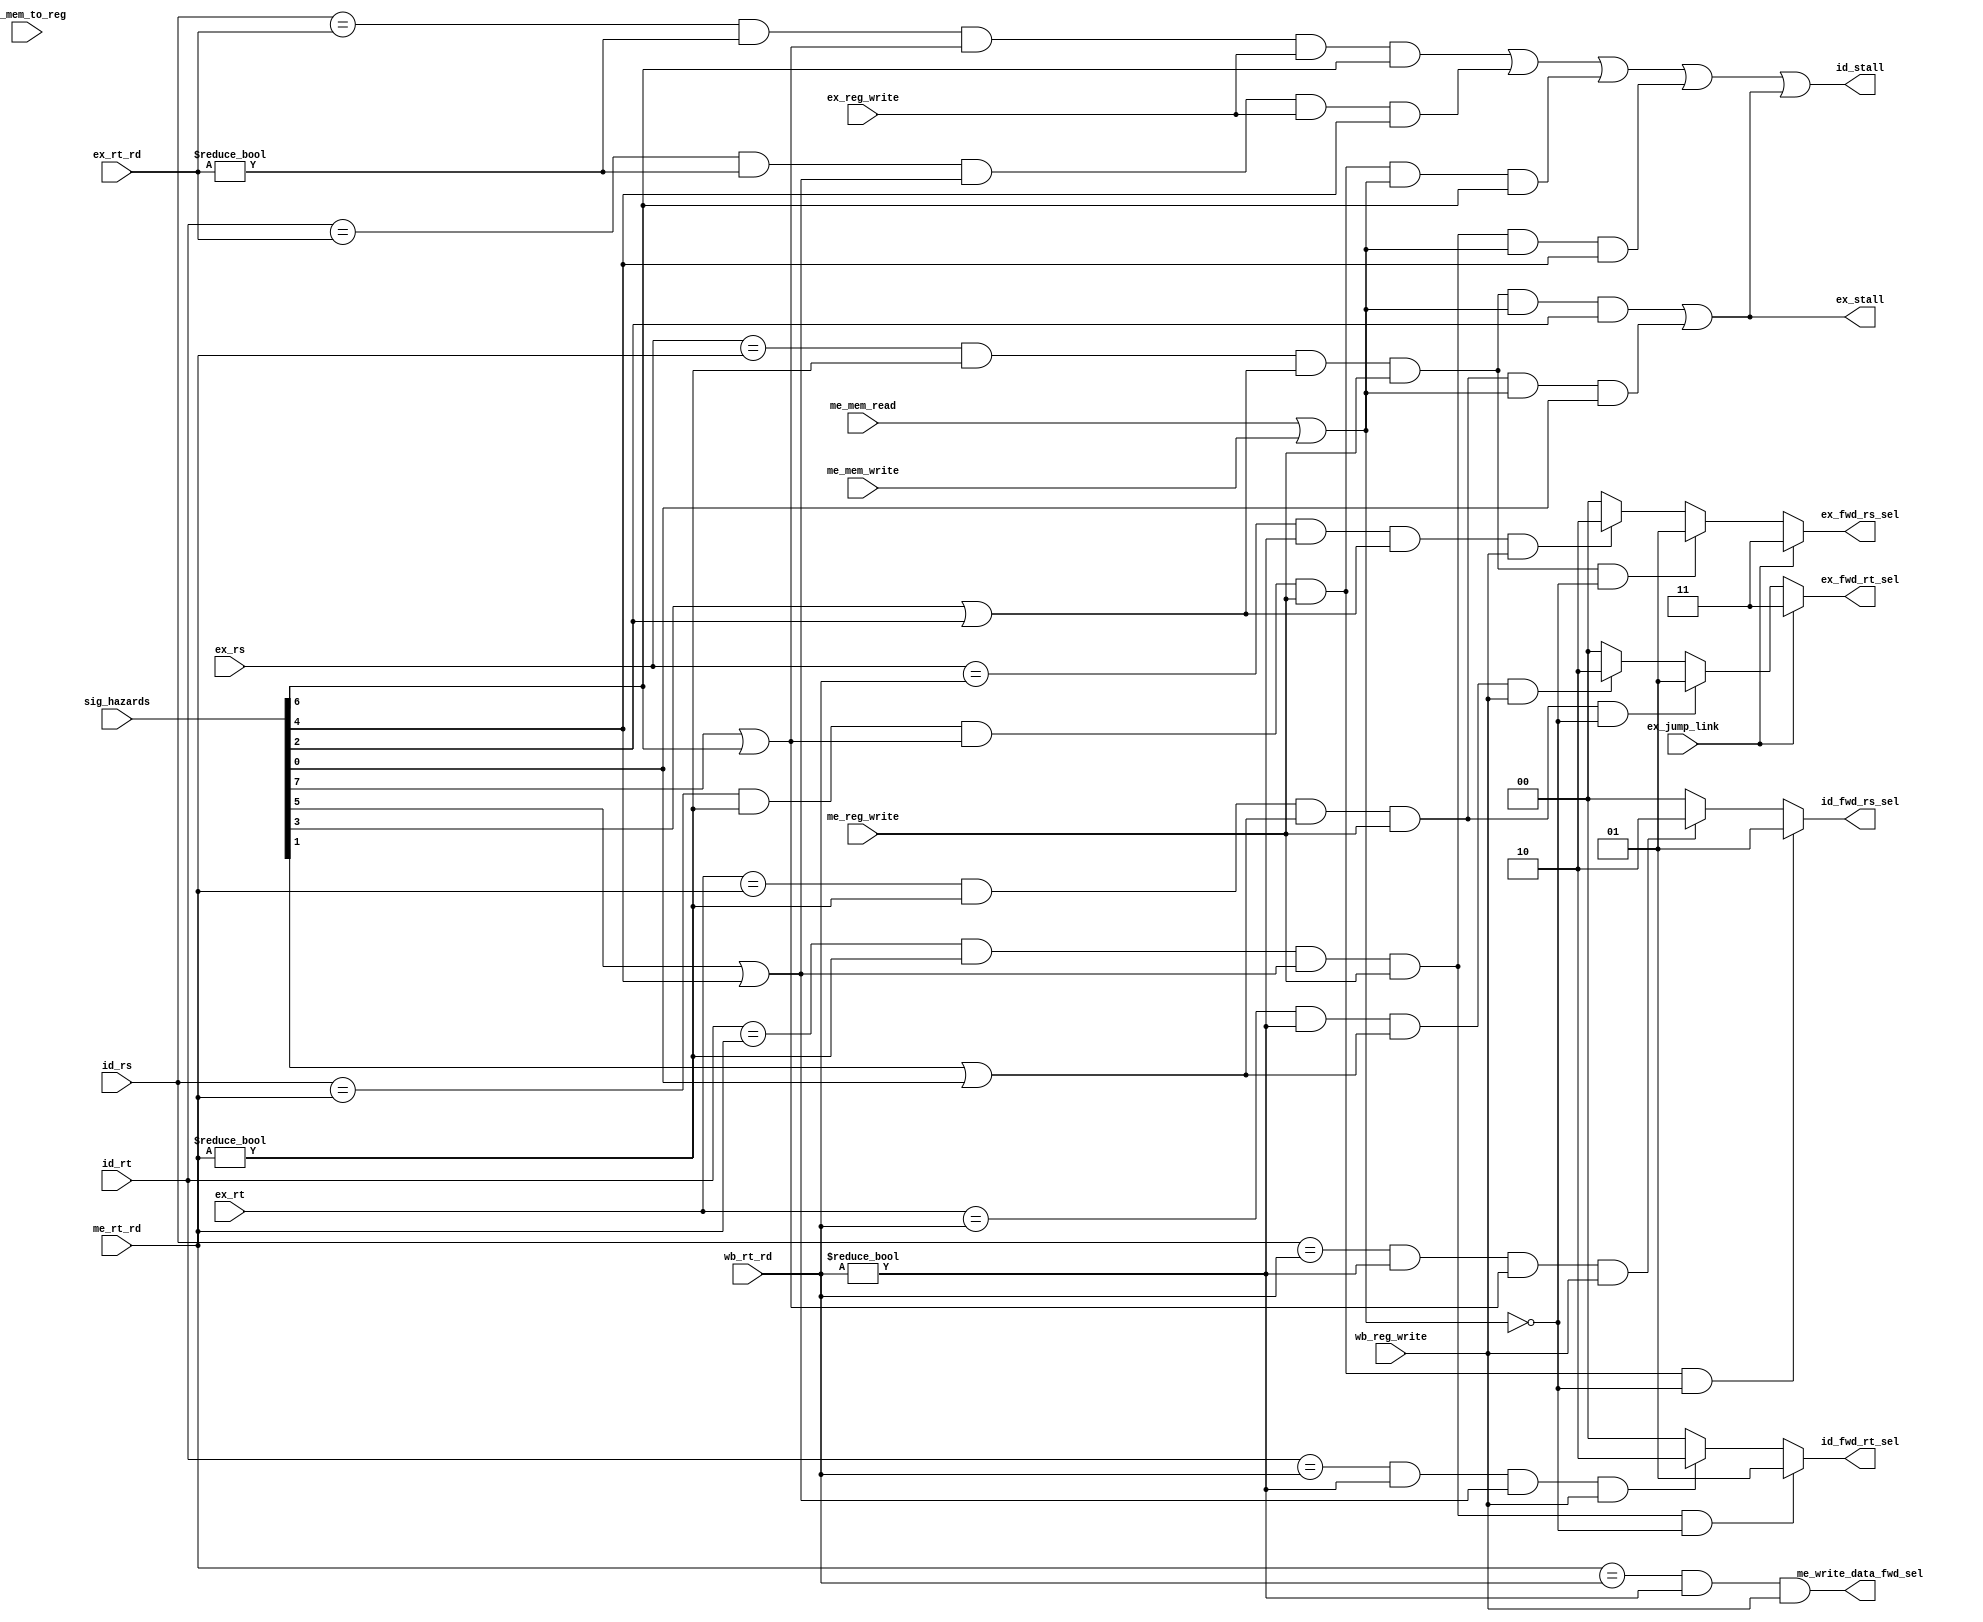
`timescale 1ns / 1ps

module Forwarding_Hazard_Unity (
    input [7:0]     sig_hazards,    //Hazards declared in Control Unity
    input [4:0]     id_rs,          //RS in ID
    input [4:0]     id_rt,          //RT in ID
    input [4:0]     ex_rs,          //RS in EX
    input [4:0]     ex_rt,          //RT in EX
    input [4:0]     ex_rt_rd,       //Destination Register in EX
    input [4:0]     me_rt_rd,       //Destination Register in ME
    input [4:0]     wb_rt_rd,       //Destination Register in WB
    input           ex_jump_link,   //Is a Jump and link in EX  //TODO REMOVE
    input           ex_reg_write,   //Will Write to a register whatever EX produces
    input           me_reg_write,   //Will Write to a register whatever ME produces
    input           wb_reg_write,   //Will Write to a register whatever WB produces
    input           me_mem_read,    //Are we reading memory?
    input           me_mem_write,   //Are we writing to memory?
    input           me_mem_to_reg,  //Is this a load instruction in ME?

    output          id_stall,       //Should we stall ID?
    output          ex_stall,       //Should we Stall EX?
    output [1:0]    id_fwd_rs_sel,  //What value should we select in ID for RS? 00 - The Register value // 01 - Data in ME // 10 - Data in WB
    output [1:0]    id_fwd_rt_sel,  //What value should we select in ID for RT? 00 - The Register value // 01 - Data in ME // 10 - Data in WB
    output [1:0]    ex_fwd_rs_sel,  //What value should we select in EX for RS? 00 - The Register value // 01 - Data in ME // 10 - Data in WB
    output [1:0]    ex_fwd_rt_sel,  //What value should we select in EX for RT? 00 - The Register value // 01 - Data in ME // 10 - Data in WB
    output          me_write_data_fwd_sel //What data should be forwarded in ME stage? The data we have made by EX or something that is bein written now?
);

    //Want and Need Dynamic
    //If we want a value it means we are going to use it in the future, and if it can be forwarded right now, it would be good;
    //If we need a value it means that if this value is not ready at this time, we need to stall the pipeline and wait for the data to be ready
    wire w_rs_id; //It wants the data from RS in ID stage (Any R types and some other)
    wire n_rs_id; //It NEEDS the data from RS in ID stage (branches for example needs the value to compare and branch)
    wire w_rt_id; //It wants the data from RT in ID stage (Any R types and some other)
    wire n_rt_id; //It NEEDS the data from RT in ID stage (branches for example needs the value to compare and branch)
    wire w_rs_ex; //It wants the data from RS in EX stage
    wire n_rs_ex; //It NEEDS the data from RS in EX stage (R types and other)
    wire w_rt_ex; //It wants the data from RT in EX stage
    wire n_rt_ex; //It NEEDS the data from RT in EX stage (R types and other)

    //This all comes from the input generated by control
    assign w_rs_id = sig_hazards[7];
    assign n_rs_id = sig_hazards[6];
    assign w_rt_id = sig_hazards[5];
    assign n_rt_id = sig_hazards[4];
    assign w_rs_ex = sig_hazards[3];
    assign n_rs_ex = sig_hazards[2];
    assign w_rt_ex = sig_hazards[1];
    assign n_rt_ex = sig_hazards[0];

    //On Store we know for sure that the result will be stored in RT
    wire [4:0] mem_rt = me_rt_rd;

    wire ex_rt_rd_not_zero = (ex_rt_rd != 5'b00000);
    wire me_rt_rd_not_zero = (me_rt_rd != 5'b00000);
    wire wb_rt_rd_not_zero = (wb_rt_rd != 5'b00000);

    //This conditions are in Duarte's Slides and MIPS Book
    //RS in ID By EX? If RS in ID == Destination of EX and it's destination is not zero and we are writing in the register, do we need or want the value?
    //Same goes for the others
    wire rs_id_ex = (id_rs == ex_rt_rd) & ex_rt_rd_not_zero & (w_rs_id | n_rs_id) & ex_reg_write;
    wire rt_id_ex = (id_rt == ex_rt_rd) & ex_rt_rd_not_zero & (w_rt_id | n_rt_id) & ex_reg_write;
    wire rs_id_me = (id_rs == me_rt_rd) & me_rt_rd_not_zero & (w_rs_id | n_rs_id) & me_reg_write;
    wire rt_id_me = (id_rt == me_rt_rd) & me_rt_rd_not_zero & (w_rt_id | n_rt_id) & me_reg_write;
    wire rs_id_wb = (id_rs == wb_rt_rd) & wb_rt_rd_not_zero & (w_rs_id | n_rs_id) & wb_reg_write;
    wire rt_id_wb = (id_rt == wb_rt_rd) & wb_rt_rd_not_zero & (w_rt_id | n_rt_id) & wb_reg_write;

    wire rs_ex_me = (ex_rs == me_rt_rd) & me_rt_rd_not_zero & (w_rs_ex | n_rs_ex) & me_reg_write;
    wire rt_ex_me = (ex_rt == me_rt_rd) & me_rt_rd_not_zero & (w_rt_ex | n_rt_ex) & me_reg_write;
    wire rs_ex_wb = (ex_rs == wb_rt_rd) & wb_rt_rd_not_zero & (w_rs_ex | n_rs_ex) & wb_reg_write;
    wire rt_ex_wb = (ex_rt == wb_rt_rd) & wb_rt_rd_not_zero & (w_rt_ex | n_rt_ex) & wb_reg_write;

    wire rt_me_wb = (mem_rt == wb_rt_rd) & wb_rt_rd_not_zero & wb_reg_write;


    //Conditions to Stall ID:
    //Ok, we would like that data in EX to RS, but... Is it needed right now? (if yes, INTERROMPA A CONTAGEM!!!!)
    wire id_stall_1 = (rs_id_ex & n_rs_id);
    wire id_stall_2 = (rt_id_ex & n_rt_id);
    //Ok, we would like that data that is currently in ME... But is it needed right now??? And most important are we reading or writing the memory?
    // (if we reading the memory, the data will not be ready at all, we need to know the read data before Forwarding)
    wire id_stall_3 = (rs_id_me & (me_mem_read | me_mem_write) & n_rs_id);
    wire id_stall_4 = (rt_id_me & (me_mem_read | me_mem_write) & n_rt_id);

    // We want a data? Forward it!
    wire id_fwd_1 = (rs_id_me & ~(me_mem_read | me_mem_write));
    wire id_fwd_2 = (rt_id_me & ~(me_mem_read | me_mem_write));
    wire id_fwd_3 = (rs_id_wb);
    wire id_fwd_4 = (rt_id_wb);

    //Same as before but now its with EX
    wire ex_stall_1 = (rs_ex_me & (me_mem_read | me_mem_write) & n_rs_ex);
    wire ex_stall_2 = (rt_ex_me & (me_mem_read | me_mem_write) & n_rt_ex);

    wire ex_fwd_1 = (rs_ex_me & ~(me_mem_read | me_mem_write));
    wire ex_fwd_2 = (rt_ex_me & ~(me_mem_read | me_mem_write));
    wire ex_fwd_3 = (rs_ex_wb);
    wire ex_fwd_4 = (rt_ex_wb);

    //Same as before but now its ME
    wire me_fwd_1 = (rt_me_wb);

    //Stall if any these conditions matches
    assign ex_stall = (ex_stall_1 | ex_stall_2);
    assign id_stall = (id_stall_1 | id_stall_2 | id_stall_3 | id_stall_4) | ex_stall;

    //Assign the values for the selectors on ID Stage based on forwarding
    assign id_fwd_rs_sel = (id_fwd_1) ? 2'b01 : ( (id_fwd_3) ? 2'b10 : 2'b00 );
    assign id_fwd_rt_sel = (id_fwd_2) ? 2'b01 : ( (id_fwd_4) ? 2'b10 : 2'b00 );

    //Assign the values for the selectors on EX Stage based on forwarding
    assign ex_fwd_rs_sel = (ex_jump_link) ? 2'b11 : ( (ex_fwd_1) ? 2'b01 : ( (ex_fwd_3) ? 2'b10 : 2'b00) );
    assign ex_fwd_rt_sel = (ex_jump_link) ? 2'b11 : ( (ex_fwd_2) ? 2'b01 : ( (ex_fwd_4) ? 2'b10 : 2'b00) );

    //Assign the values for the selectors on ME Stage based on forwarding
    assign me_write_data_fwd_sel = (me_fwd_1);

endmodule // Forwarding_Hazard_Unity